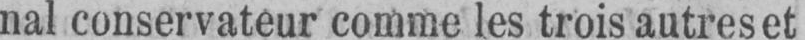
nal conservateur comme les trois autres et